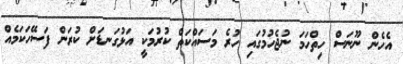
އެހެން ނޫނަސް ހިތްހަމަ ނުޖެހުމުގައި ހުރެ މަސައްކަތް ކުރުމަކީ އަޅުގަނޑަށް ކުރަން ފަސޭހަކަމެއް